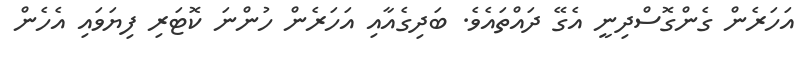
އަހަރެން ގެންގޮސްދިނީ އެގޭ ދައްތައެވެ. ބަދިގެއާއި އަހަރެން ހުންނަ ކޮޓަރި ފިޔަވައި އެހެން